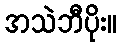
အသဲဘီပိုး။